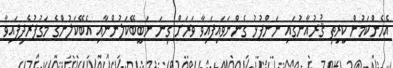
އެހެންކަމުން ކީރިތި ޤުރުއާނުގައި ނަންފުޅު ގެންނަވައިފައިވާ ވަރަށް ގިނަ ނަބީބޭކަލުންނާއި އެބޭކަލުންގެ މަގުފުރެދިފައިވާ